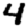
Digit: 4